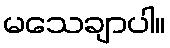
မသေချာပါ။